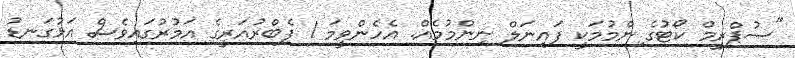
"ސުޕްރީމް ކޯޓުގެ ިންމުމަކީ ފައިނަލް ނިންމުމެއް. އެހެންވީމަ 1 ފެބްރުއަރީގެ އަމުރުގައިވެސް އަޅުގަނޑު